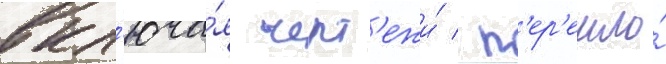
вкл'юча́я черт'ежи́ / п'ер'ешло́